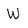
Character: W